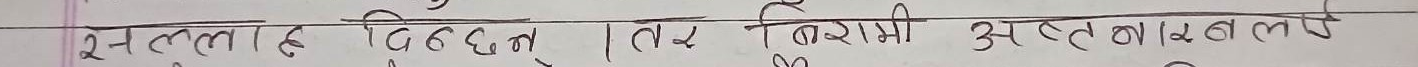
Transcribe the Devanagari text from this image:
सेल्मला है दिन्दनु। तर बिरामी अस्वस्थताले